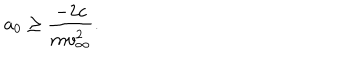
LaTeX: a _ { 0 } \ge \frac { - 2 c } { m v _ { \infty } ^ { 2 } } .